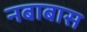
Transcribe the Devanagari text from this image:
नबाबास